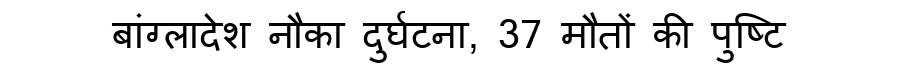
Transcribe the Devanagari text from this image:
बांग्लादेश नौका दुर्घटना, 37 मौतों की पुष्टि